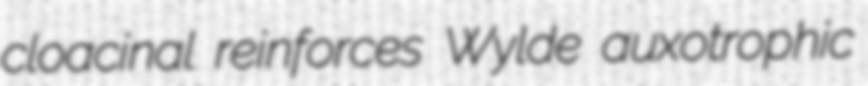
cloacinal reinforces Wylde auxotrophic